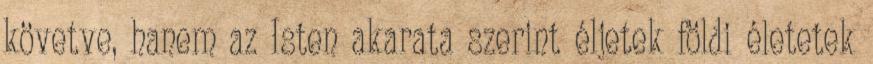
követve, hanem az Isten akarata szerint éljetek földi életetek